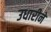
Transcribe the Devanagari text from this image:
उधारीने